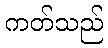
ကတ်သည်